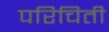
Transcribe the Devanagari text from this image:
परिचिती